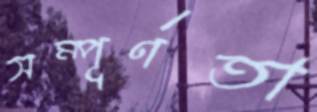
সম্পূর্ণতা